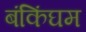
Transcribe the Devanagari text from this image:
बंकिंघम